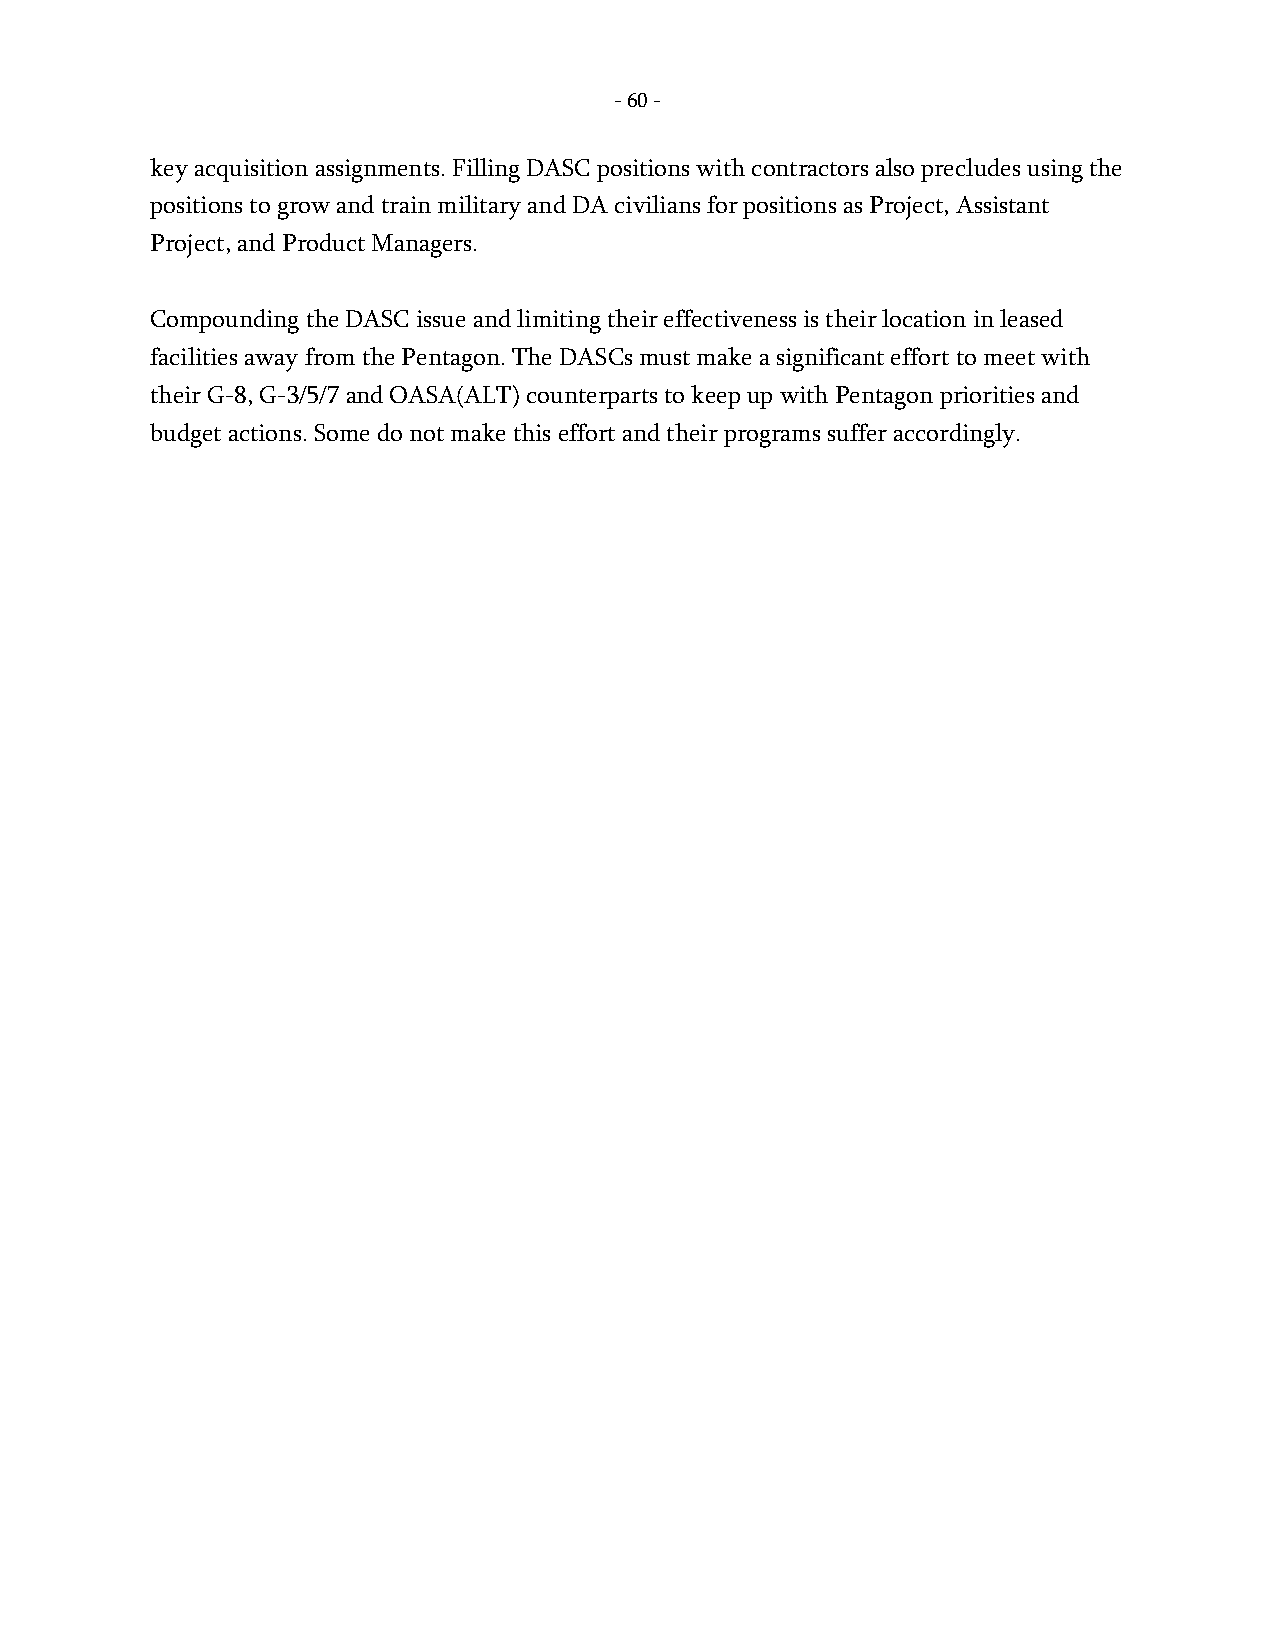
- 60 -
 key acquisition assignments. Filling DASC positions with contractors also precludes using the
 positions to grow and train military and DA civilians for positions as Project, Assistant
 Project, and Product Managers.
 Compounding the DASC issue and limiting their effectiveness is their location in leased
 facilities away from the Pentagon. The DASCs must make a significant effort to meet with
 their G-8, G-3/5/7 and OASA(ALT) counterparts to keep up with Pentagon priorities and
 budget actions. Some do not make this effort and their programs suffer accordingly.
 -
 60
 -